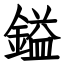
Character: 鎰